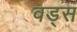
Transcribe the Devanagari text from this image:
वड्स